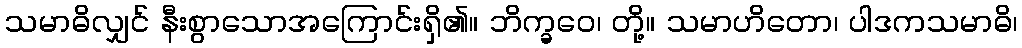
သမာဓိလျှင် နီးစွာသောအကြောင်းရှိ၏။ ဘိက္ခဝေ၊ တို့။ သမာဟိတော၊ ပါဒကသမာဓိ၊